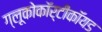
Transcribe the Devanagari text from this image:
ग्लूकोकॉर्टीकॉयड